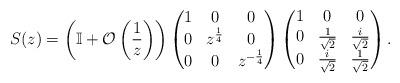
LaTeX: \begin{align*}S(z) &= \left(\mathbb{I}+\mathcal{O}\left(\frac{1}{z}\right)\right)\begin{pmatrix} 1 & 0 & 0\\ 0 & z^{\frac{1}{4}} & 0\\ 0 & 0 & z^{-\frac{1}{4}}\end{pmatrix}\begin{pmatrix} 1 & 0 & 0\\ 0 & \frac{1}{\sqrt{2}} & \frac{i}{\sqrt{2}}\\ 0 & \frac{i}{\sqrt{2}} & \frac{1}{\sqrt{2}}\end{pmatrix}.\end{align*}